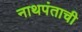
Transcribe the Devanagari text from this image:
नाथपंताची